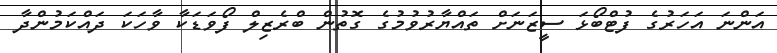
އަންނަ އަހަރުގެ ފުޓްބޯޅަ ސީޒަނަށް ތައްޔާރުވުމުގެ ގޮތުން ބްރެޒިލް ފޯވަޑަކާ ވާހަކަ ދައްކަމުންދާ